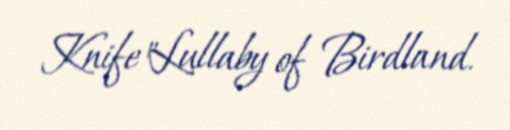
Knife"Lullaby of Birdland.